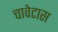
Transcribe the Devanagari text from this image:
चावेटास